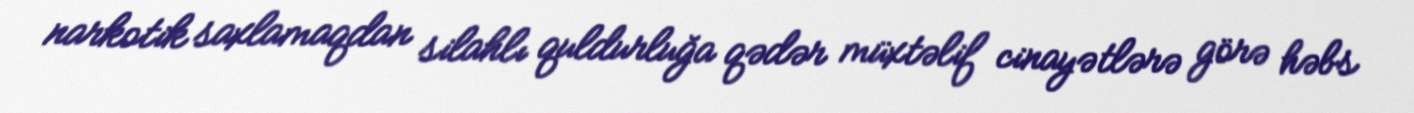
narkotik saxlamaqdan silahlı quldurluğa qədər müxtəlif cinayətlərə görə həbs